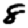
Digit: 8